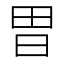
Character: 𭥫